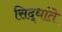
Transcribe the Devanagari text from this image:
सिद्धांते